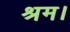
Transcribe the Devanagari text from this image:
श्रम।